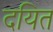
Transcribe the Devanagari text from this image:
दयित